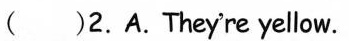
( )2.A.Theyre yellow.